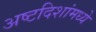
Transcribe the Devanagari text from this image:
अष्टदिशांमध्ये